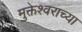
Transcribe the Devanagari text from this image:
मुक्तेश्वराच्या